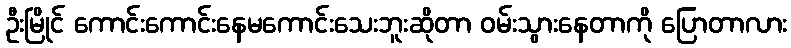
ဦးမြိုင် ကောင်းကောင်းနေမကောင်းသေးဘူးဆိုတာ ဝမ်းသွားနေတာကို ပြောတာလား